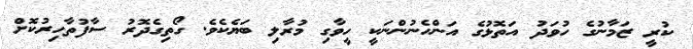
ކުރީ ޒަމާނުގެ ހުވަދު އަތޮޅުގެ އަންހެނުންނަކީ ހީވާގި މުރާލި ބަޔެކެވެ. ގޯތިގެދޮރު ސާފުތާހިރުކޮށް